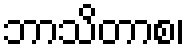
ဘာသိတာစ၊